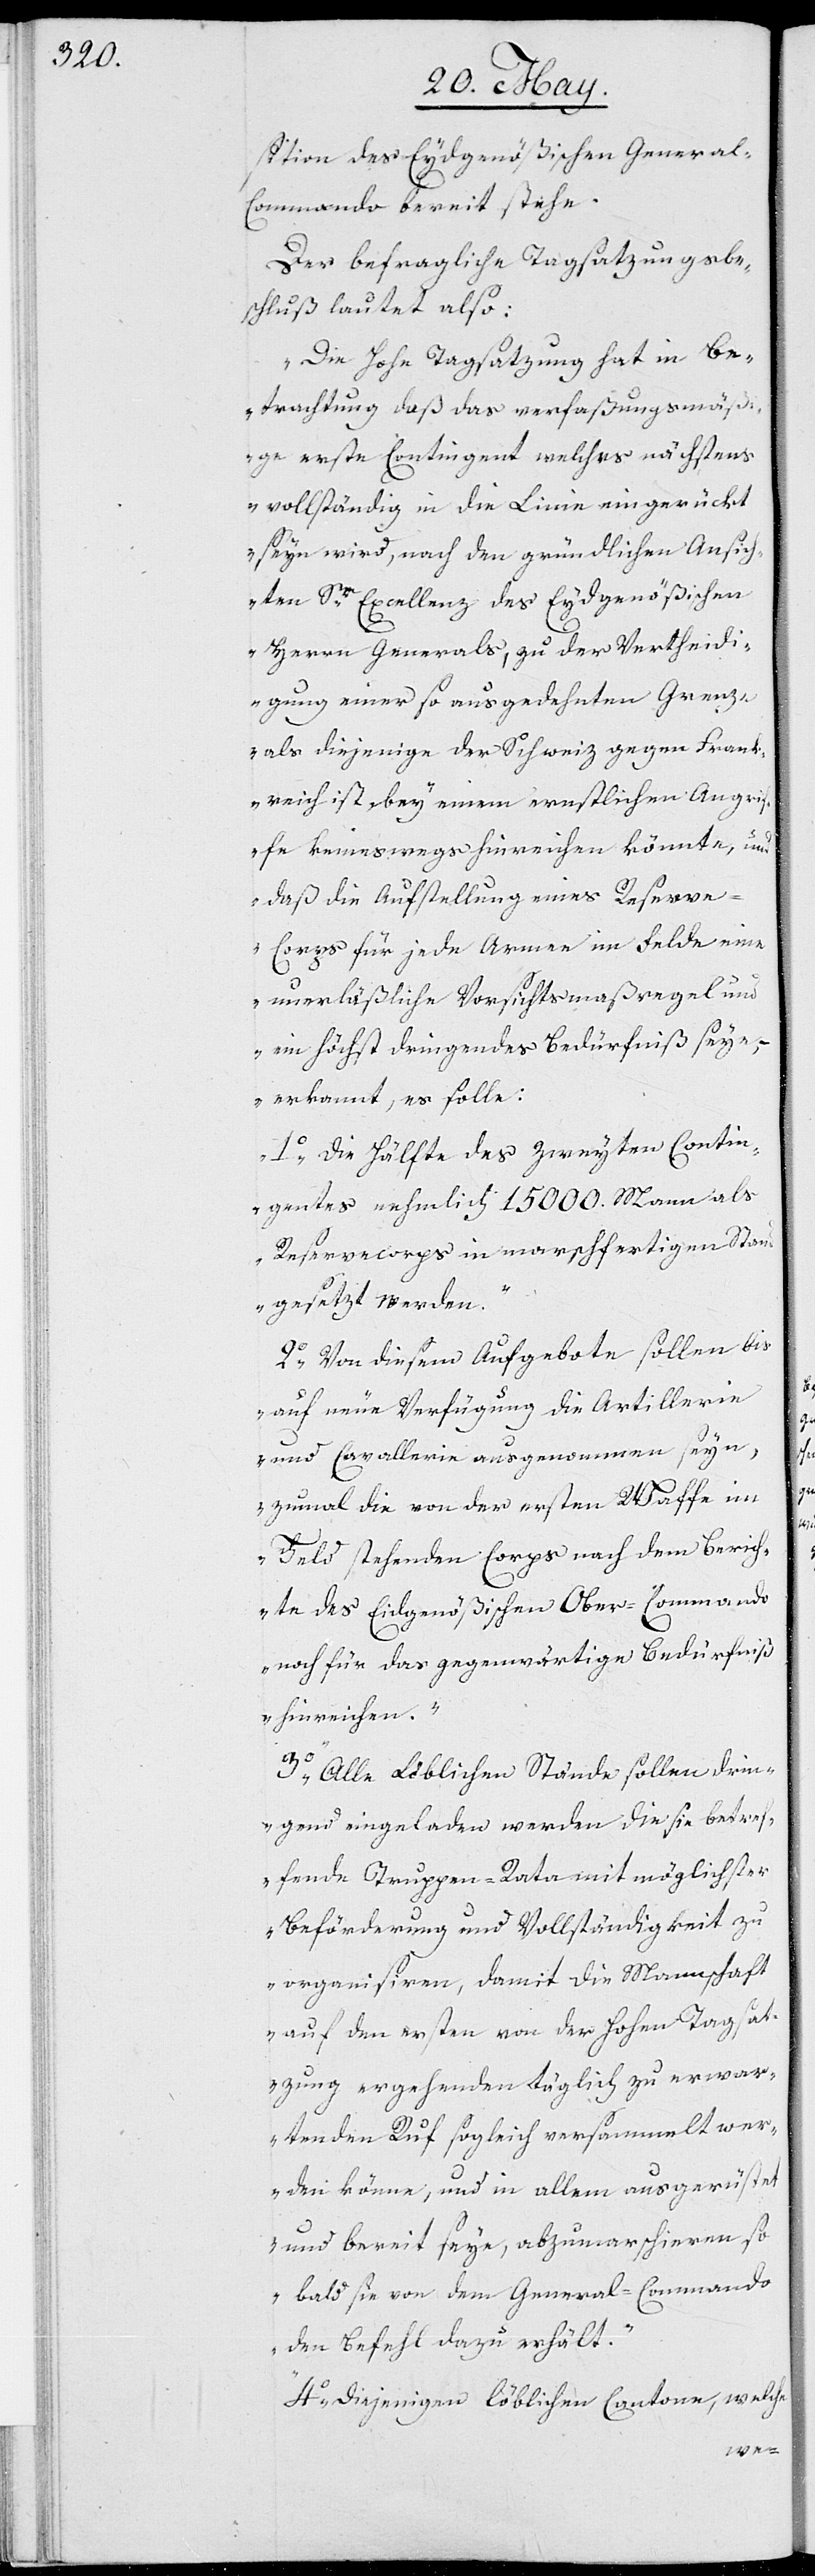
sition des Eydsgenößischen General-C¬
ommando bereit stehe.
Der befragliche Tagsatzungsbe¬
schluß lautet also:
„Die hohe Tagsatzung hat in Be¬
trachtung daß das verfaßungsmäß¬
ige erste Contingent, welches nächstens
vollständig in die Linie eingerückt
seyn wird, nach den gründlichen Ansich¬
ten Sr. Excellenz des Eydsgenößischen
Herrn Generals, zu der Vertheidi¬
gung einer so ausgedehnten Grenze,
als diejenige der Schweiz gegen Frank¬
reich ist, bey einem ernstlichen Angri¬
ffe keineswegs hinreichen könnte, und
daß die Aufstellung eines Reserv¬
e-Corps für jede Armee im Felde eine
unerläßliche Vorsichtsmasregel und
ein höchst dringendes Bedürfniß seye,
erkannt, es solle:
1.) Die Hälfte des zweyten Contin¬
gentes nehmlich 15000. Mann als
Reservecorps in marschfertigen Stan¬
d
gesetzt werden.
2.) Von diesem Aufgebote sollen bis
auf neue Verfügung die Artillerie
und Cavallerie ausgenommen seyn,
zumal die von der ersten Waffe im
Feld stehenden Corps nach dem Berich¬
te des Eydsgenößischen Ober-Commando
noch für das gegenwärtige Bedürfniß
hinreichen.
3.) Alle Löblichen Stände sollen drin¬
gend eingeladen werden die sie betref¬
fende Truppen-Rata mit möglichster
Beförderung und Vollständigkeit zu
organisieren, damit die Mannschaft
auf den ersten von der Hohen Tagsat¬
zung ergehenden täglich zu erwar¬
tenden Ruf sogleich versammelt wer¬
den könne, und in allem ausgerüstet
und bereit seye, abzumarschieren so¬
bald sie von dem General-Commando
den Befehl dazu erhält.
4.) Diejenigen löblichen Cantone, welche